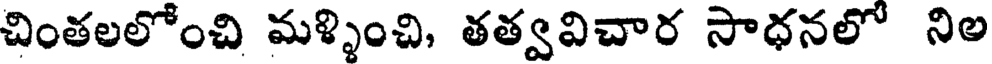
చింతలలోంచి మళ్ళించి, తత్వవిచార సాధనలో నిల